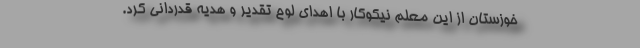
خوزستان از این معلم نیکوکار با اهدای لوح تقدیر و هدیه قدردانی کرد.